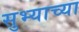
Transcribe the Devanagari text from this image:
सुभ्याच्या